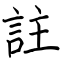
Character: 註